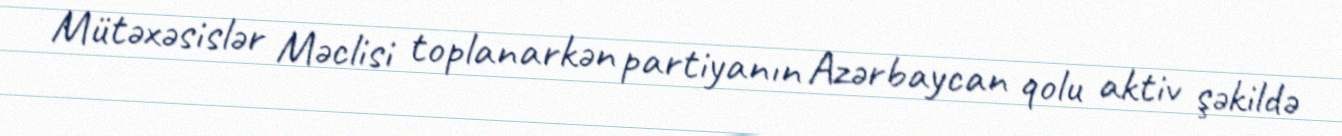
Mütəxəsislər Məclisi toplanarkən partiyanın Azərbaycan qolu aktiv şəkildə